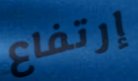
إرتفاع